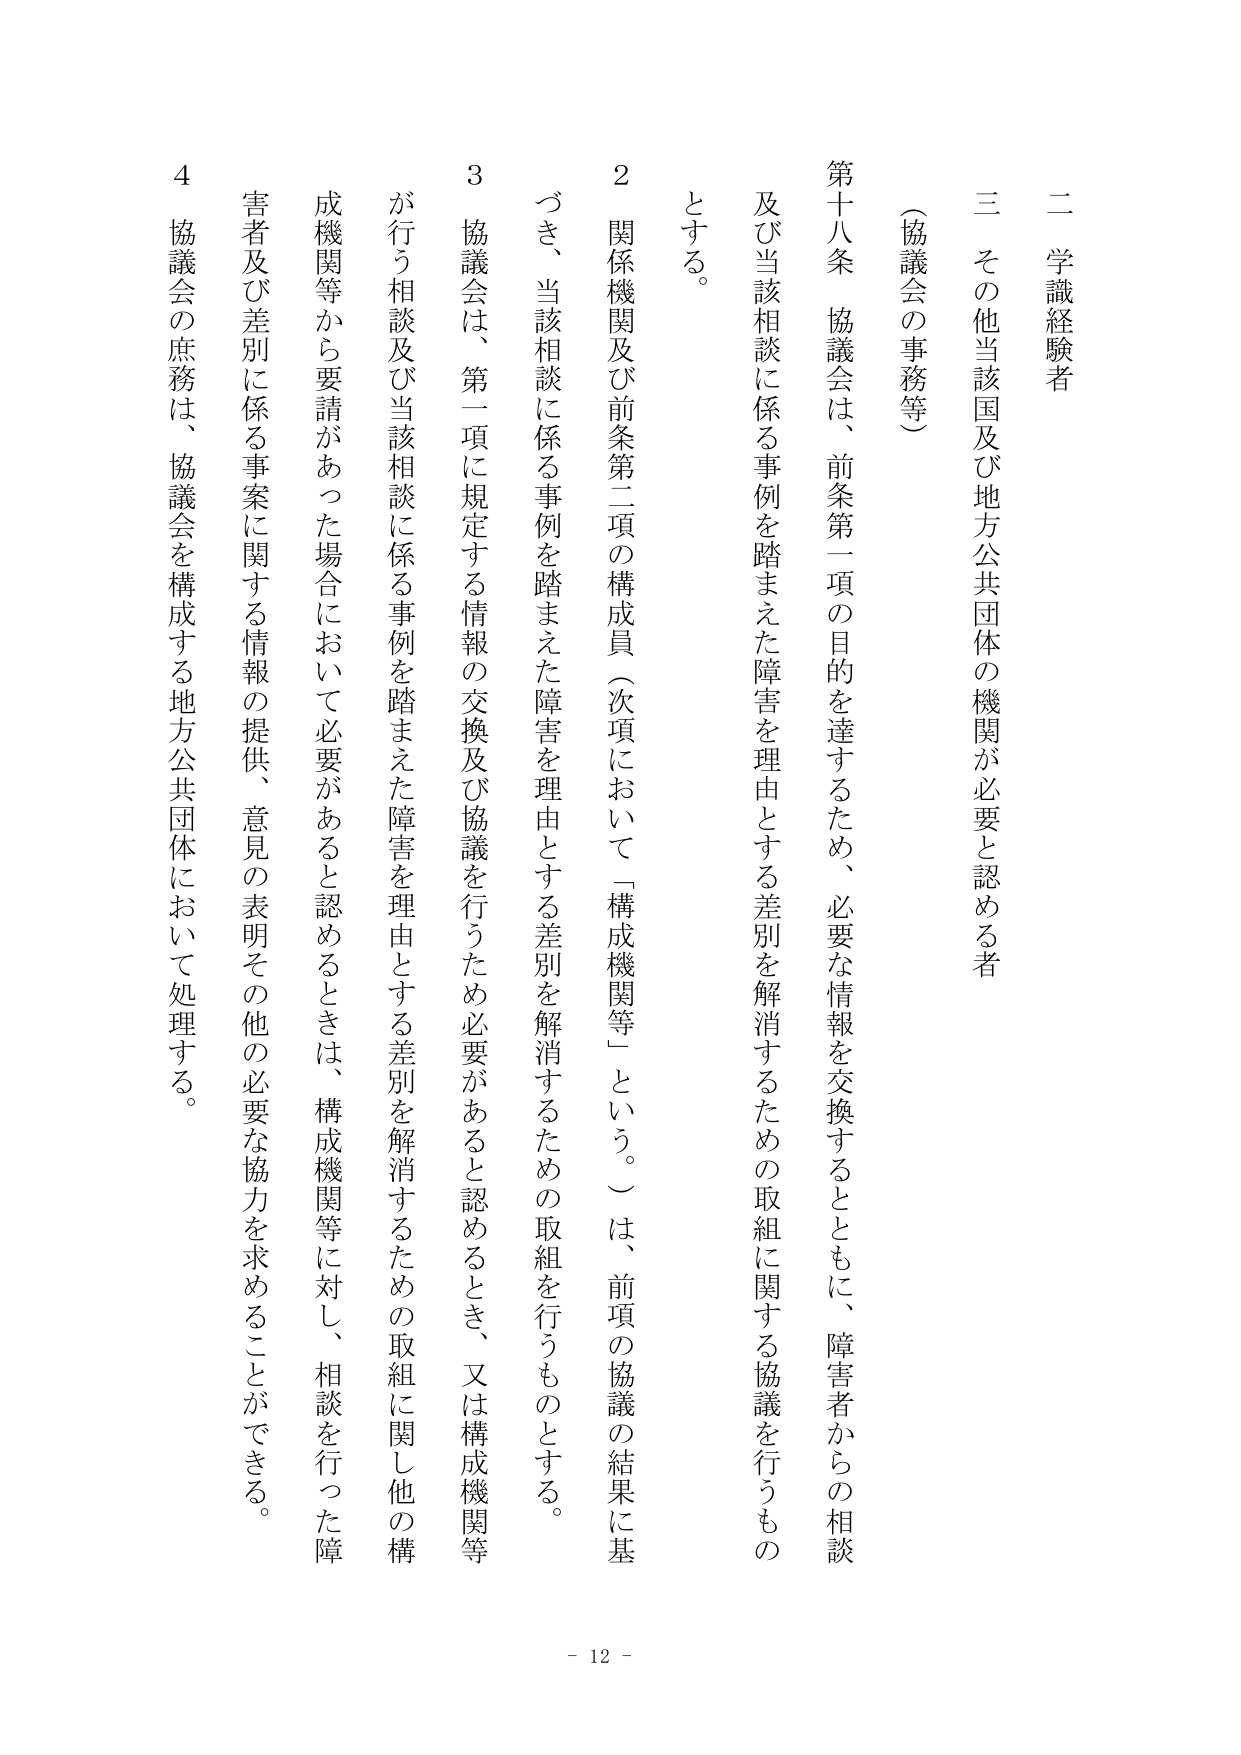
二 学識経験者
三 その他当該国及び地方公共団体の機関が必要と認める者

（協議会の事務等）

第十八条 協議会は、前条第一項の目的を達するため、必要な情報を交換するとともに、障害者からの相談及び当該相談に係る事例を踏まえた障害を理由とする差別を解消するための取組に関する協議を行うものとする。

２ 関係機関及び前条第二項の構成員（次項において「構成機関等」という。）は、前項の協議の結果に基づき、当該相談に係る事例を踏まえた障害を理由とする差別を解消するための取組を行うものとする。

３ 協議会は、第一項に規定する情報の交換及び協議を行うため必要があると認めるとき、又は構成機関等が行う相談及び当該相談に係る事例を踏まえた障害を理由とする差別を解消するための取組に関し他の構成機関等から要請があった場合において必要があると認めるときは、構成機関等に対し、相談を行った障害者及び差別に係る事案に関する情報の提供、意見の表明その他の必要な協力を求めることができる。

４ 協議会の庶務は、協議会を構成する地方公共団体において処理する。

- 12 -